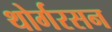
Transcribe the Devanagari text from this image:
थोर्गरसन